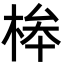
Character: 桳